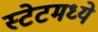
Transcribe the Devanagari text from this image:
स्टेटमध्ये